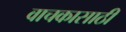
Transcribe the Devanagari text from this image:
वाचकासाठी